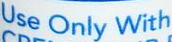
Use Only With